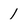
Character: 1